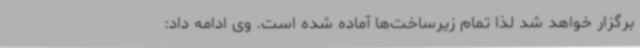
برگزار خواهد شد لذا تمام زیرساخت‌ها آماده ‌شده است. وی ادامه داد: